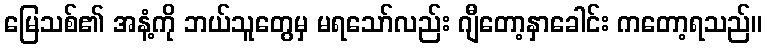
မြေသစ်၏ အနံ့ကို ဘယ်သူတွေမှ မရသော်လည်း ဂျီတော့နှာခေါင်း ကတော့ရသည်။